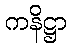
ကနိဋ္ဌာ